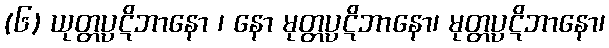
(၆) ယုတ္တပ္ပဋိဘာနော ၊ နော မုတ္တပ္ပဋိဘာနော၊ မုတ္တပ္ပဋိဘာနော၊